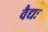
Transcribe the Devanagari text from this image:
वैद्यः